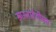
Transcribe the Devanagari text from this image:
सारजादेवीच्या